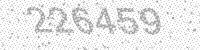
Solution: 226459